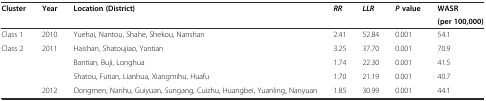
<table><thead><tr><td rowspan="2"><b>Cluster</b></td><td rowspan="2"><b>Year</b></td><td rowspan="2"><b>Location (District)</b></td><td rowspan="2"><b><i>RR</i></b></td><td rowspan="2"><b><i>LLR</i></b></td><td rowspan="2"><b><i>P</i>value</b></td><td><b>WASR</b></td></tr><tr><td><b>(per 100,000)</b></td></tr></thead><tbody><tr><td>Class 1</td><td>2010</td><td>Yuehai, Nantou, Shahe, Shekou, Nanshan</td><td>2.41</td><td>52.84</td><td>0.001</td><td>54.1</td></tr><tr><td>Class 2</td><td>2011</td><td>Haishan, Shatoujiao, Yantian</td><td>3.25</td><td>37.70</td><td>0.001</td><td>70.9</td></tr><tr><td></td><td></td><td>Bantian, Buji, Longhua</td><td>1.74</td><td>22.30</td><td>0.001</td><td>41.5</td></tr><tr><td></td><td></td><td>Shatou, Futian, Lianhua, Xiangmihu, Huafu</td><td>1.70</td><td>21.19</td><td>0.001</td><td>40.7</td></tr><tr><td></td><td>2012</td><td>Dongmen, Nanhu, Guiyuan, Sungang, Cuizhu, Huangbei, Yuanling, Nanyuan</td><td>1.85</td><td>30.99</td><td>0.001</td><td>44.1</td></tr></tbody></table>